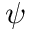
\psi